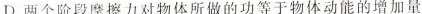
D.两个阶段摩擦力对物体所做的功等于物体动能的增加量